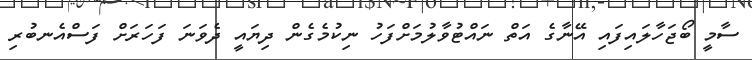
ސާމީ ބޯޖަހާލައިފައި އޭނާގެ އަތް ނައްޓުވާލުމަށްފަހު ނިކުމެގެން ދިޔައީ ދެވަނަ ފަހަރަށް ފަސްއެނބުރި